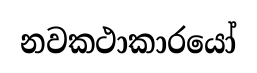
නවකථාකාරයෝ